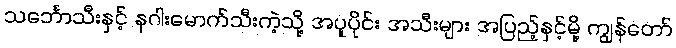
သင်္ဘောသီးနှင့် နဂါးမောက်သီးကဲ့သို့ အပူပိုင်း အသီးများ အပြည့်နှင့်မို့ ကျွန်တော်